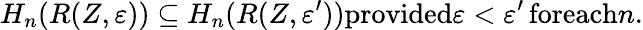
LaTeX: H_{n}(R(Z,\varepsilon))\subseteq H_{n}(R(Z,\varepsilon^{\prime}))\textrm{provided}\varepsilon<\varepsilon^{\prime}\, \textrm{foreach}n.